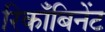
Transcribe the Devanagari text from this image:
रिकाँबिनेंट